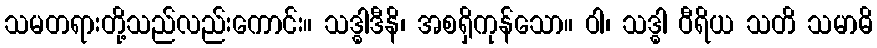
သမတရားတို့သည်လည်းကောင်း။ သဒ္ဓါဒီနိ၊ အစရှိကုန်သော။ ဝါ၊ သဒ္ဓါ ဝီရိယ သတိ သမာဓိ